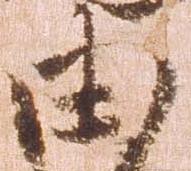
由